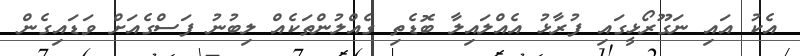
އެކު އައި ނަގޫރޯޅީގައި ފުރާޅު އެއްލައިލާ ބޮޑެތި ގެއްލުންތަކެއް ލިބުނު ފަސްގެއަށް ވަޑައިގެން